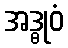
အဒ္ဓုဝံ